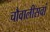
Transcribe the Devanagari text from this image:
चौवालीसवां